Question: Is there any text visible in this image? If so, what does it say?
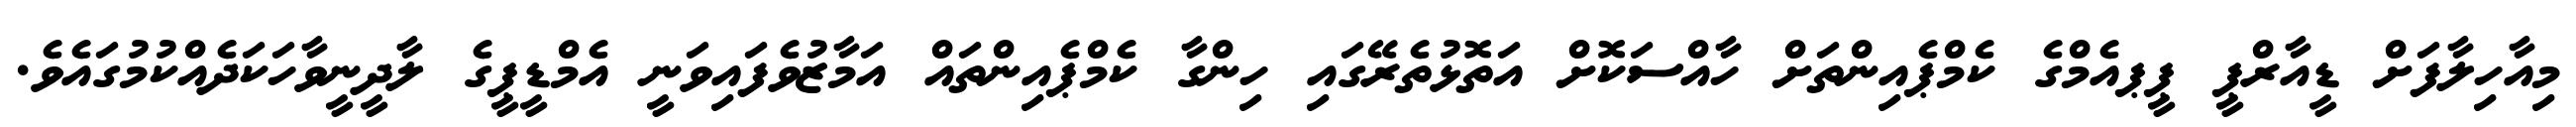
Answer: މިއާހިލާފަށް ޑީއާރްޕީ ޕީޕއެމްގެ ކެމްޕެއިންތަށް ހާއްސަކޮށް އަތޮޅުތެރޭގައި ހިންގާ ކެމްޕެއިންތައް އަމާޒުވެފައިވަނީ އެމްޑީޕީގެ ލާދީނީވާހަކަދެއްކުމުގައެވެ.